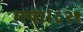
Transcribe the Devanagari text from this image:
गया।८२९